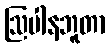
ဩပါနဘူတာ